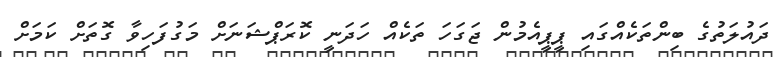
ދައުލަތުގެ ބިންތަކެއްގައި ޕީޕީއެމުން ޖަގަހަ ތަކެއް ހަދަނީ ކޮރަޕްޝަނަށް މަގުފަހިވާ ގޮތަށް ކަމަށް